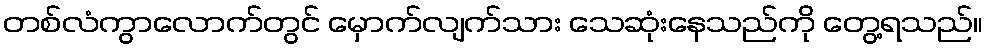
တစ်လံကွာလောက်တွင် မှောက်လျက်သား သေဆုံးနေသည်ကို တွေ့ရသည်။